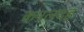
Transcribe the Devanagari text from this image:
कमलदह